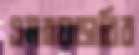
এমব্রয়ডারির